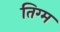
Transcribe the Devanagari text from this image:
तिग्म